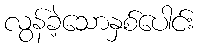
လွန်ခဲ့သောနှစ်ပေါင်း